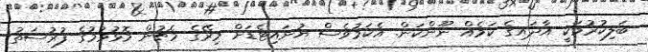
ބަލިކުރުމަކީ އާދައިގެ ކަމެއް ނޫންކަން. އެކަމުވެސް ޔުނައިޓެޑަށް މިރޭގެ މެޗުން މޮޅުވުމުގެ ފުރުސަތު